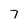
Character: 7